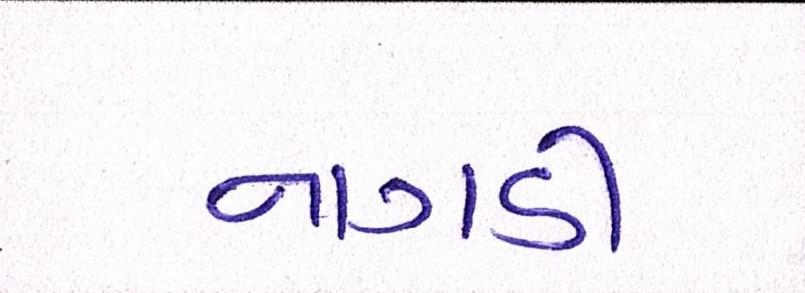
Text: નાગડી